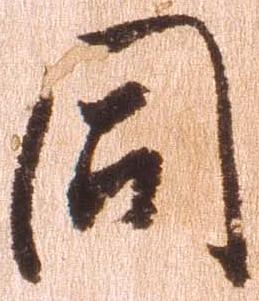
同